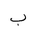
Letter: _ba